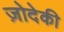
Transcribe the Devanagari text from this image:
ज़ोदेकी